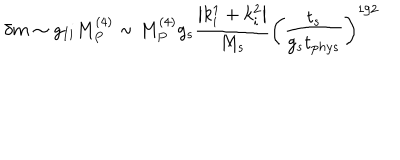
\delta m \sim g _ { I i } M _ { P } ^ { ( 4 ) } \sim M _ { P } ^ { ( 4 ) } g _ { s } \frac { \left| k _ { i } ^ { 1 } + k _ { i } ^ { 2 } \right| } { M _ { s } } \left( \frac { t _ { s } } { g _ { s } t _ { \mathrm p h y s } } \right) ^ { 1 / 2 }